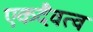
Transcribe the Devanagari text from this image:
एकदैवत्व